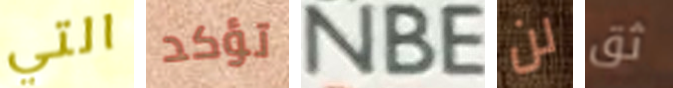
التي تؤكد NBE لن ثق